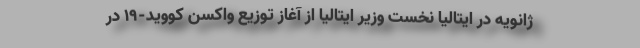
ژانویه در ایتالیا نخست وزیر ایتالیا از آغاز توزیع واکسن کووید-۱۹ در